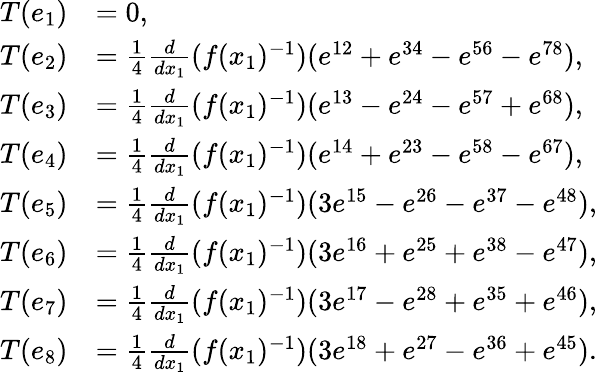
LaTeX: \begin{array}{rl}{T(e_{1})}&{=0,}\\ {T(e_{2})}&{=\frac{1}{4}\frac{d}{dx_{1}}(f(x_{1})^{-1})(e^{12}+e^{34}-e^{56}-e^{78}),}\\ {T(e_{3})}&{=\frac{1}{4}\frac{d}{dx_{1}}(f(x_{1})^{-1})(e^{13}-e^{24}-e^{57}+e^{68}),}\\ {T(e_{4})}&{=\frac{1}{4}\frac{d}{dx_{1}}(f(x_{1})^{-1})(e^{14}+e^{23}-e^{58}-e^{67}),}\\ {T(e_{5})}&{=\frac{1}{4}\frac{d}{dx_{1}}(f(x_{1})^{-1})(3e^{15}-e^{26}-e^{37}-e^{48}),}\\ {T(e_{6})}&{=\frac{1}{4}\frac{d}{dx_{1}}(f(x_{1})^{-1})(3e^{16}+e^{25}+e^{38}-e^{47}),}\\ {T(e_{7})}&{=\frac{1}{4}\frac{d}{dx_{1}}(f(x_{1})^{-1})(3e^{17}-e^{28}+e^{35}+e^{46}),}\\ {T(e_{8})}&{=\frac{1}{4}\frac{d}{dx_{1}}(f(x_{1})^{-1})(3e^{18}+e^{27}-e^{36}+e^{45}).}\end{array}